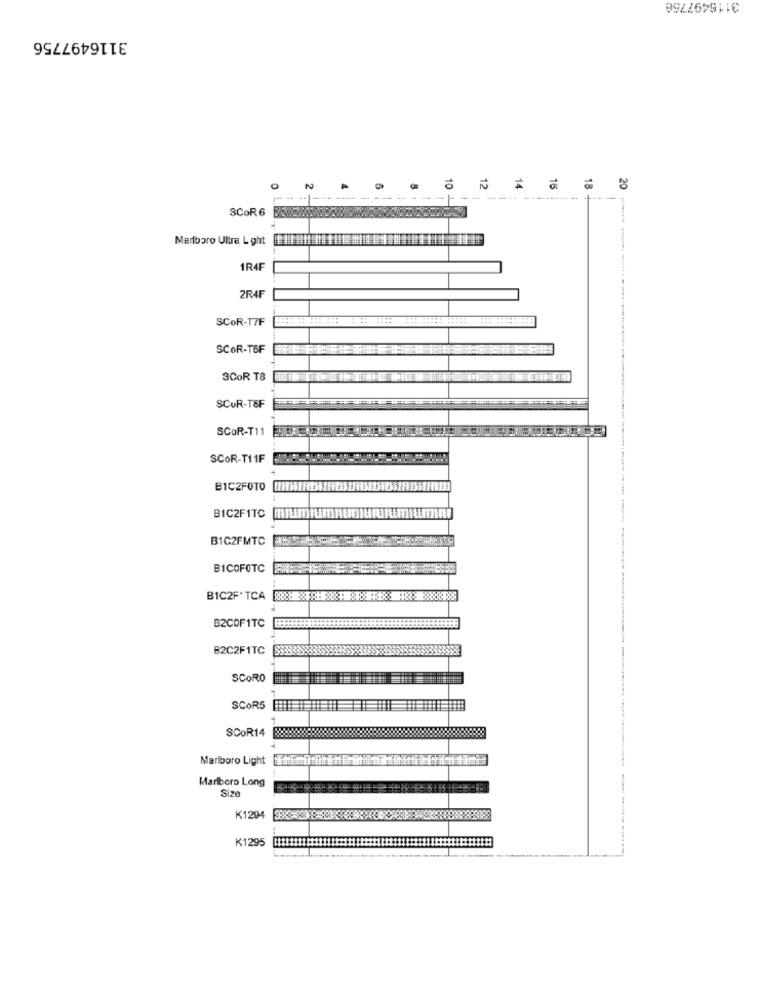
3116497758
3116497756
20
SCOR 6
Marlboro Ultra Light
1R4F
2R4F
SCOR-T7F
SCOR-T6F
SCOR T8
SCUR-TSF
SCOR-T11
SCOR-T11F
B1CZFOTO
BIC2F1TC
B1C2FMTC
BICOFOTC
BIC2F' TCA
B2COF1TC
B2C2F1TC
SCORO
SCOR5
SCOR14
Marlboro Light
Marlboro Long
Size
K1294
K1295